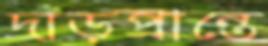
দাঁড়প্রান্তে